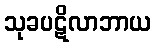
သုခပဋိလာဘာယ